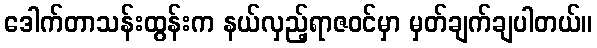
ဒေါက်တာသန်းထွန်းက နယ်လှည့်ရာဇဝင်မှာ မှတ်ချက်ချပါတယ်။